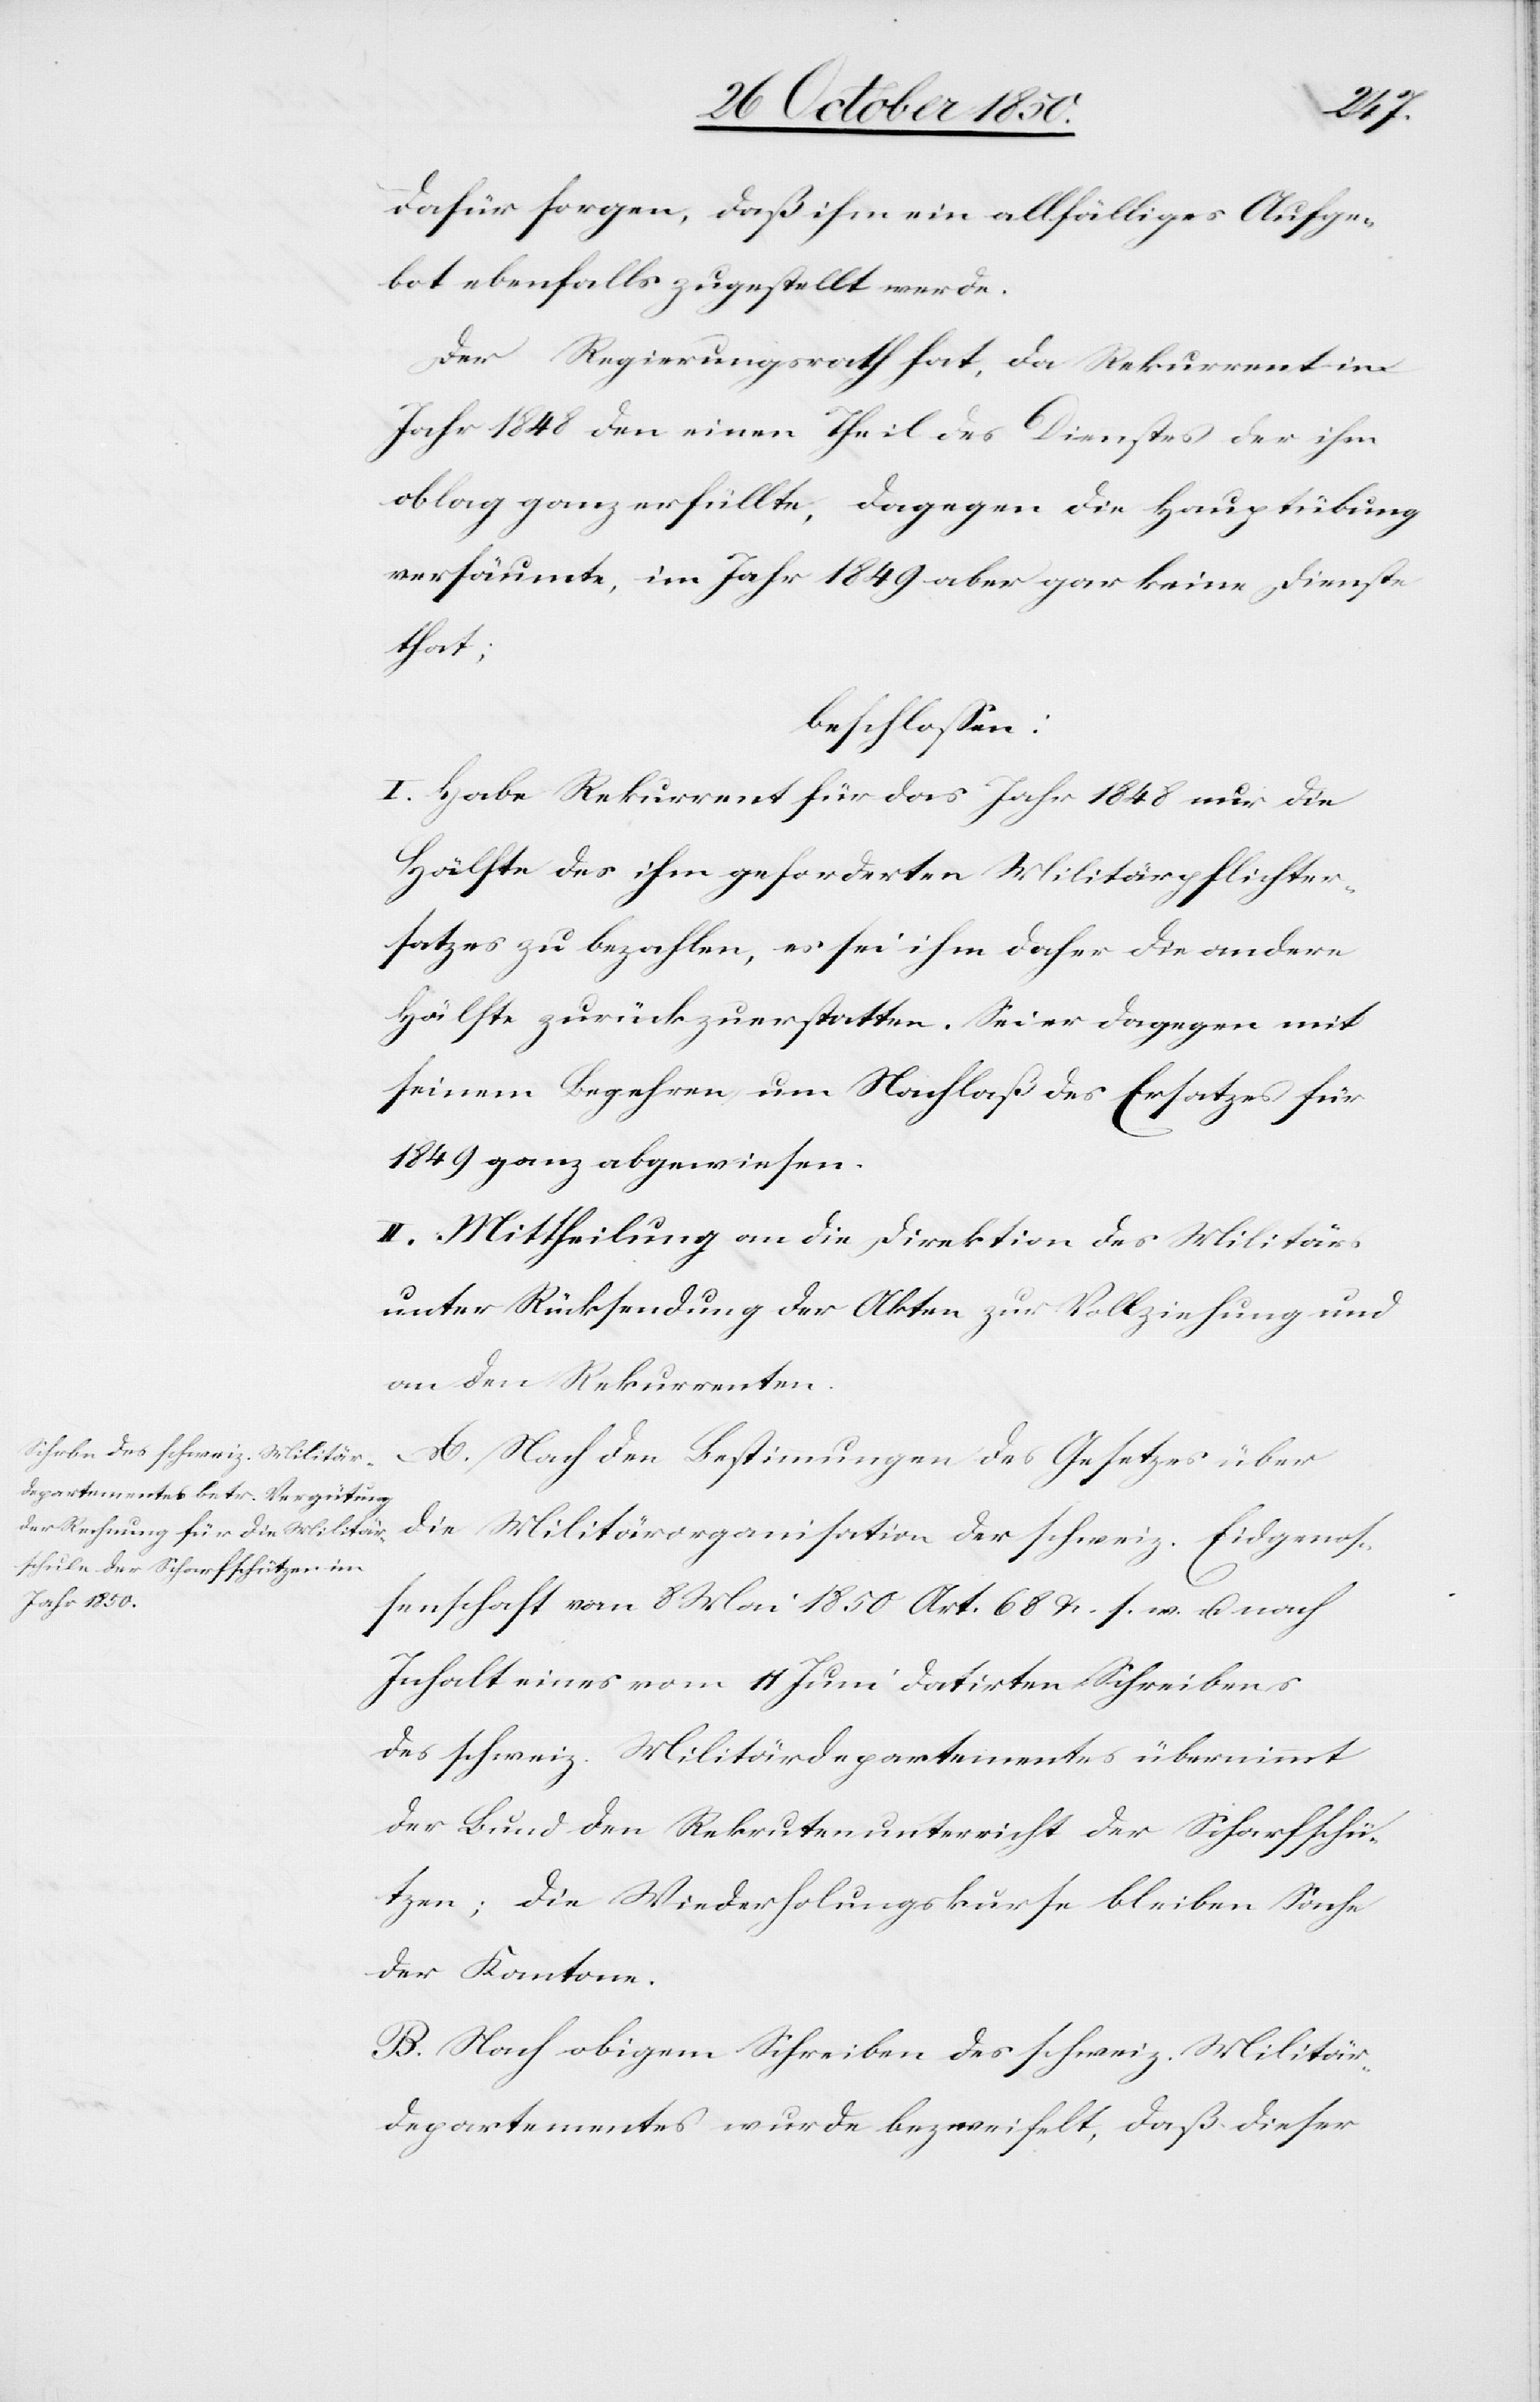
dafür sorgen, daß ihm ein allfälliges Aufge¬
bot ebenfalls zugestellt werde.
Der Regierungsrath hat, da Rekurrent im
Jahr 1848 den einen Theil des Dienstes der ihm
oblag ganz erfüllte, dagegen die Hauptübung
versäumte, im Jahr 1849 aber gar keine Dienste
that;
beschlossen:
I. Habe Rekurrent für das Jahr 1848 nur die
Hälfte des ihm geforderten Militärpflichter¬
satzes zu bezahlen, es sei ihm daher die andere
Hälfte zurückzuerstatten. Sei er dagegen mit
seinem Begehren um Nachlaß des Ersatzes für
1849 ganz abgewiesen.
II. Mittheilung an die Direktion des Militärs
unter Rücksendung der Akten zur Vollziehung und
an den Rekurrenten.
A. Nach den Bestimmungen des Gesetzes über
die Militärorganisation der schweiz. Eidgenos¬
senschaft vom 8 Mai 1850 Art. 68 &. s. w. u. nach
Inhalt eines vom 11 Juni datirten Schreibens
des schweiz. Militärdepartementes übernimmt
der Bund den Rekrutenunterreicht der Scharfschü¬
tzen; die Wiederholungskurse bleiben Sache
der Kantone.
B. Nach obigem Schreiben des schweiz. Militär¬
departementes wurde bezweifelt, daß dieser